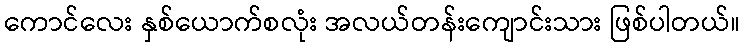
ကောင်လေး နှစ်ယောက်စလုံး အလယ်တန်းကျောင်းသား ဖြစ်ပါတယ်။